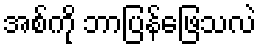
အစ်ကို ဘာပြန်ဖြေသလဲ